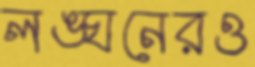
লঙ্ঘনেরও